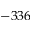
- 3 3 6